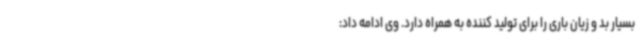
بسیار بد و زیان باری را برای تولید کننده به همراه دارد. وی ادامه داد: